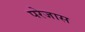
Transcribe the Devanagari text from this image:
परेजास